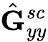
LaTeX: \hat{\mathbf{G}}_{yy}^{sc}